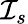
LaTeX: \mathcal{I}_{s}